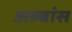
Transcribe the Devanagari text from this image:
अल्बांस